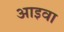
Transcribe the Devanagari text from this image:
आइवा